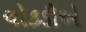
ચોકડીએ